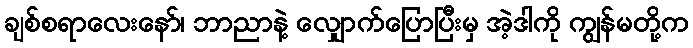
ချစ်စရာလေးနော်၊ ဘာညာနဲ့ လျှောက်ပြောပြီးမှ အဲ့ဒါကို ကျွန်မတို့က